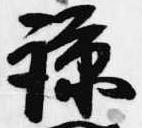
諒